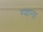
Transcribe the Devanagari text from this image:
ग्याना